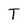
Character: T